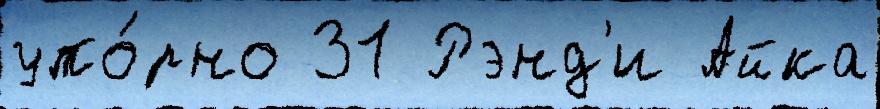
упо́рно 31 Рэнд'и Айка